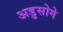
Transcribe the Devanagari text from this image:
अडुसोगे